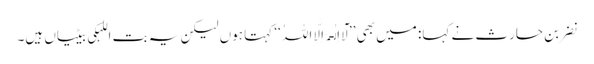
نضر بن حارث نے کہا: میں بھی ’’لَآ اِلٰـہَ اِلَّا اللہُ ‘‘ کہتا ہوں لیکن یہ بت اللہکی بیٹیاں ہیں۔